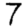
Digit: 7